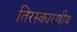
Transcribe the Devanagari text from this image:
तिरस्कारणीय